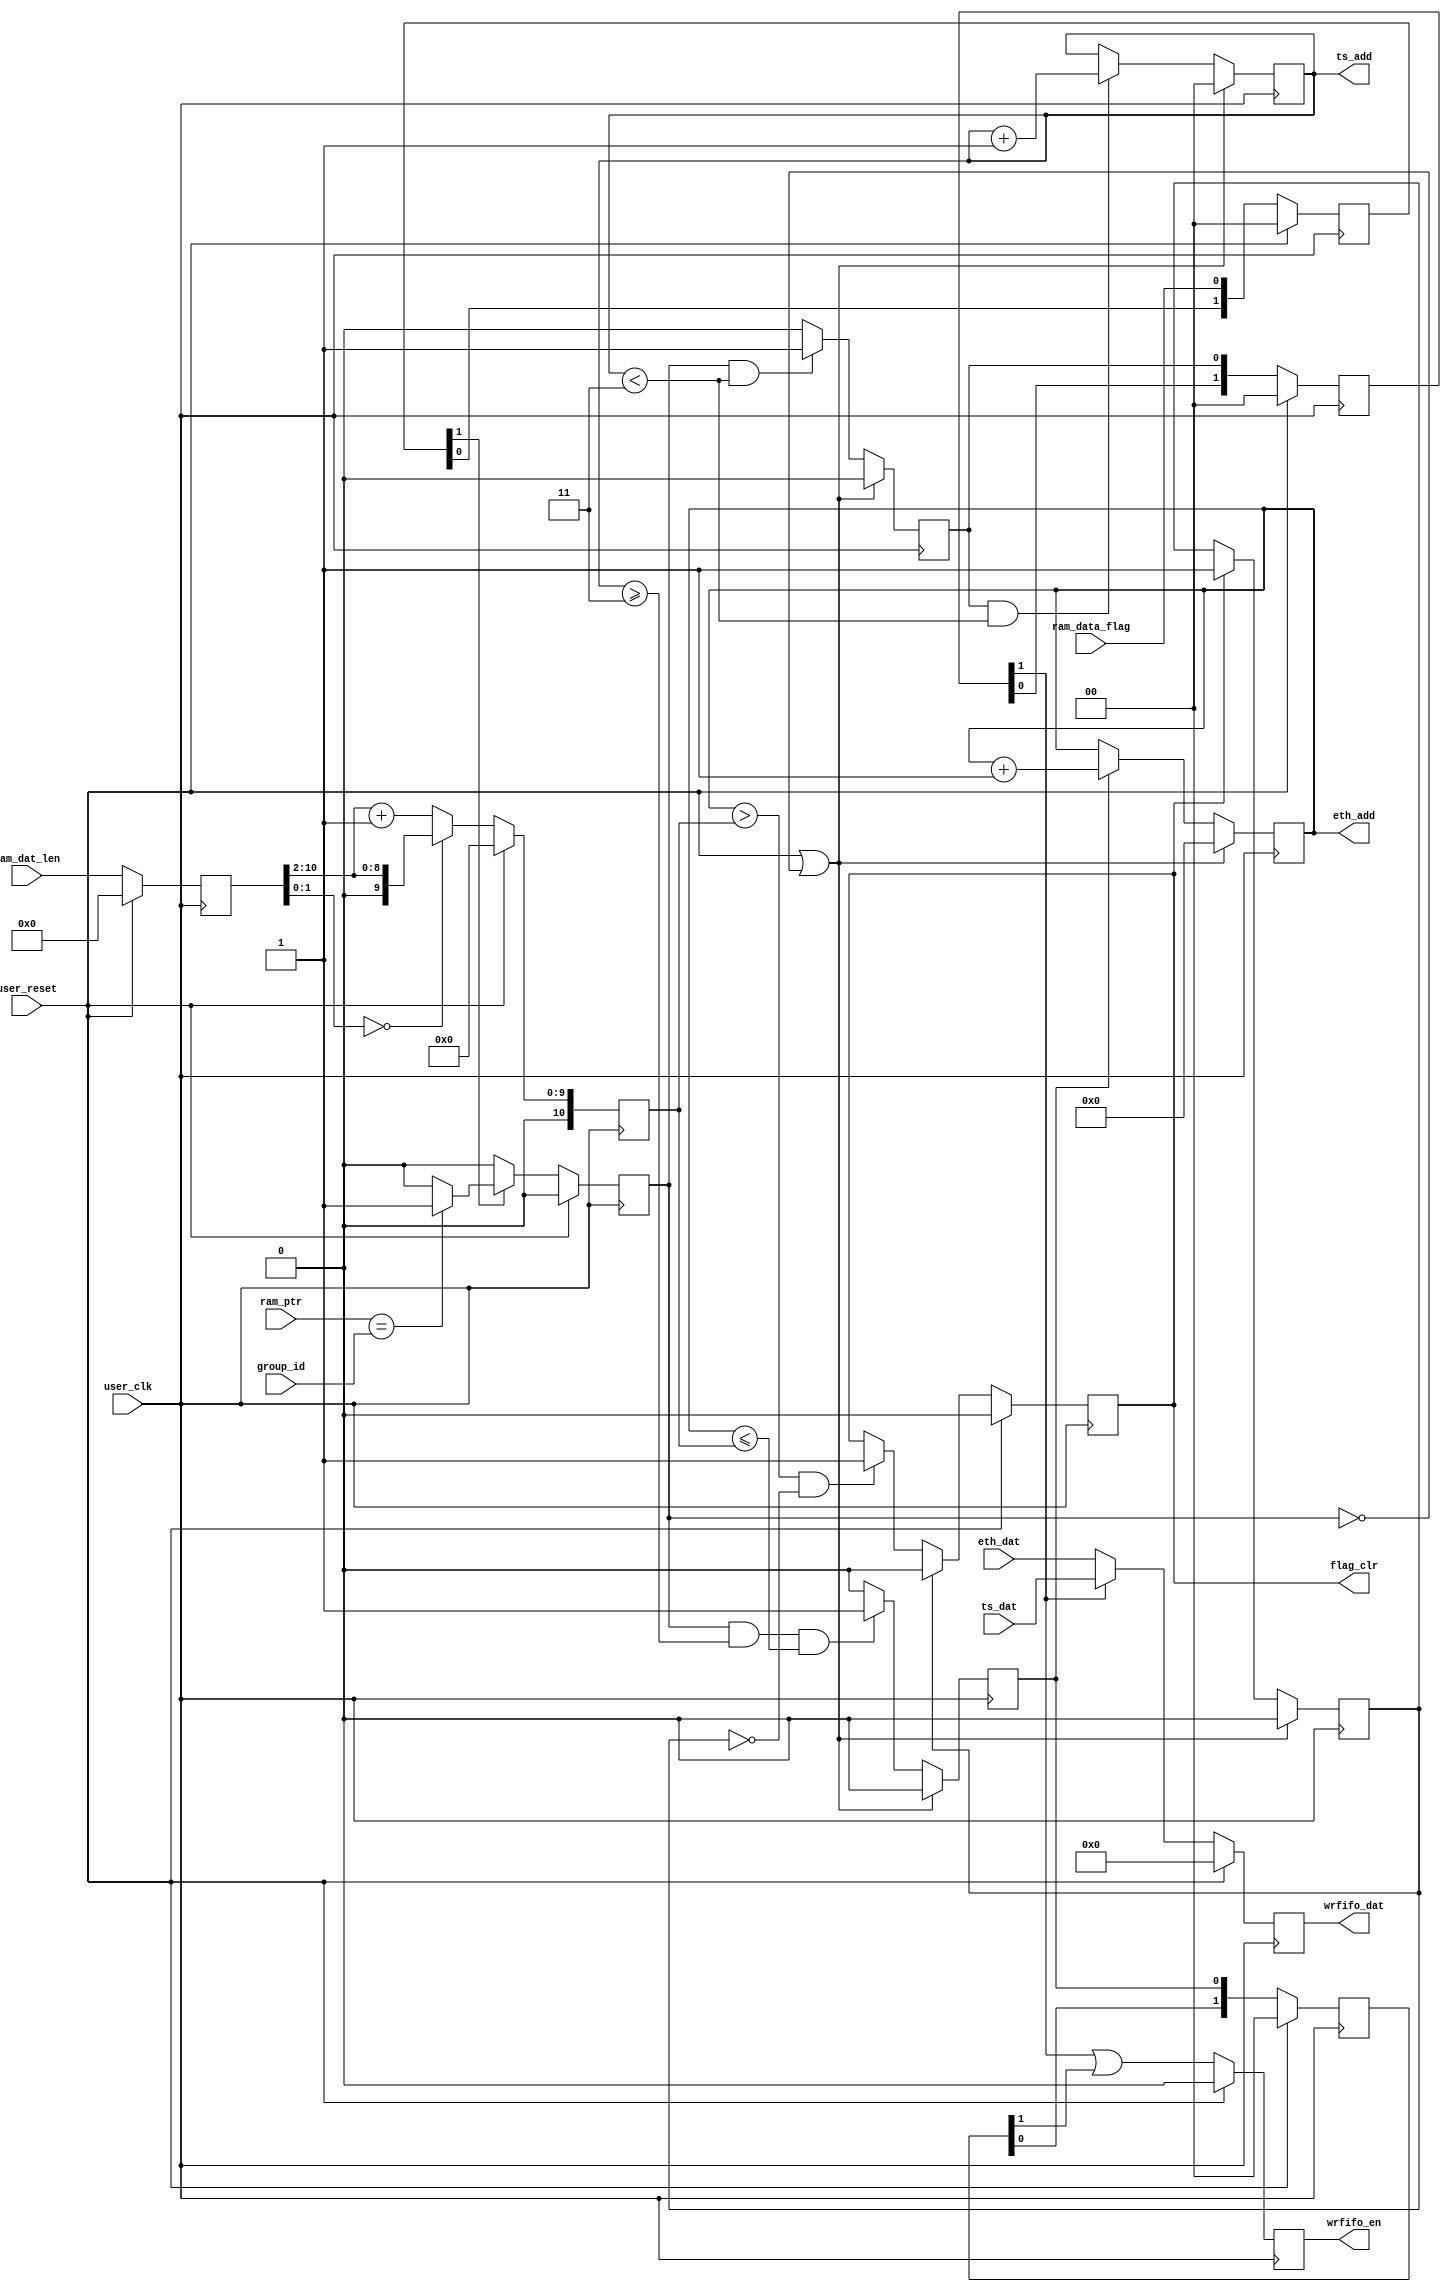

module sel_group(
                input               user_clk,
                input               user_reset,
                
                input               ram_data_flag,
                input [2:0]         ram_ptr,
                input [2:0]         group_id,
                    
                output reg [1:0]    ts_add,
                output reg [8:0]    eth_add,
                
                output reg          flag_clr,
                
                input [10:0]        ram_dat_len,
                
                input [31:0]        ts_dat,
                input [31:0]        eth_dat,
                
                output reg          wrfifo_en,
                output reg [31:0]   wrfifo_dat
                );
                
parameter   DAT_DLY = 2;                 

reg                     ram_valid;

reg                     rdts;
reg                     rdeth;
// reg [1:0]               ts_add;
// reg [8:0]               eth_add;

reg [10:0]              dat_len_r;
reg [10:0]              dat_len_rr;
reg [1:0]               dat_flag;

reg [DAT_DLY - 1 : 0]   rdts_r;
reg [DAT_DLY - 1 : 0]   rdeth_r;

//reg                     flag_clr;
reg                     cyc_extend;
//wire                    wrfifo_en;

always  @(posedge user_clk) begin
    if( user_reset == 1'b1 )
        dat_flag       <= 9'd0;
    else
        dat_flag       <= {dat_flag[0],ram_data_flag};
end 

always  @(posedge user_clk) begin
    if( user_reset == 1'b1 )
        dat_len_r      <= 11'd0;
    else
        dat_len_r      <= ram_dat_len;
end        

always  @(posedge user_clk) begin
    if( user_reset == 1'b1 )
        dat_len_rr     <= 11'd0;
    else
        dat_len_rr     <= ( dat_len_r[1:0] == 2'b00 ) ? dat_len_r[10:2] : dat_len_r[10:2] + 1'b1;
end

always  @(posedge user_clk) begin
    if( user_reset == 1'b1 )
        ram_valid                  <= 1'b0;
    else if( dat_flag[1] == 1'b1 ) begin
        case( ram_ptr )
            group_id :  ram_valid  <= 1'b1;        
            default :   ram_valid  <= 1'b0;
        endcase
    end
    else 
        ram_valid                  <= 1'b0;    
end 

always  @(posedge user_clk) begin
    if( ( user_reset == 1'b1 )  || ( ram_valid == 1'b0 ) )
        rdts               <= 1'b0;
    else if( ( ram_valid == 1'b1 ) && ( ts_add < 2'd3 ))
        rdts               <= 1'b1;
    else    
        rdts               <= 1'b0;
end

always  @(posedge user_clk) begin
    if( ( user_reset == 1'b1 ) || ( ram_valid == 1'b0 ))
        ts_add             <= 2'd0;
    else if( ( rdts == 1'b1 ) && ( ts_add < 2'd3 ) )    
        ts_add             <= ts_add + 1'b1;
    else        
        ts_add             <= ts_add;
end       

always  @(posedge user_clk) begin
    if( ( user_reset == 1'b1 )  || ( ram_valid == 1'b0 ) )
        rdeth              <= 1'b0;
    else if( ( ram_valid == 1'b1 ) && ( ts_add >= 2'd3 ) && ( eth_add <= dat_len_rr )) //1 more
        rdeth              <= 1'b1;
    else    
        rdeth              <= 1'b0;
end
 
always  @(posedge user_clk) begin
    if( ( user_reset == 1'b1 ) || ( ram_valid == 1'b0 ))
        eth_add            <= 2'd0;
    else if( rdeth == 1'b1 )    
        eth_add            <= eth_add + 1'b1;
    else        
        eth_add            <= eth_add;
end 

always  @(posedge user_clk) begin
    if( ( user_reset == 1'b1 ) || ( ram_valid == 1'b0 ) )
        cyc_extend         <= 1'b0;
    else if( flag_clr == 1'b1 ) 
        cyc_extend         <= 1'b1;
    else
        cyc_extend         <= cyc_extend;
end        

always  @(posedge user_clk) begin
    if( user_reset == 1'b1 )
        flag_clr           <= 1'b0;
    else if( cyc_extend == 1'b1 )
        flag_clr           <= 1'b0;
    else if( ( eth_add > dat_len_rr ) && ( cyc_extend == 1'b0 ) ) 
        flag_clr           <= 1'b1;
    else
        flag_clr           <= flag_clr;
end        
   
always  @(posedge user_clk) begin
    if( user_reset == 1'b1 )
        rdts_r             <= {DAT_DLY{1'b0}};
    else
        rdts_r             <= {rdts_r[DAT_DLY - 2 : 0],rdts};
end

always  @(posedge user_clk) begin
    if( user_reset == 1'b1 )
        rdeth_r            <= {DAT_DLY{1'b0}};
    else
        rdeth_r            <= {rdeth_r[DAT_DLY - 2 : 0],rdeth};
end


always  @(posedge user_clk) begin
    if( user_reset == 1'b1 )
        wrfifo_en           <= 1'b0;
    else
        wrfifo_en           <= rdts_r[DAT_DLY - 1] | rdeth_r[DAT_DLY - 1];
end    

always  @(posedge user_clk) begin
    if( user_reset == 1'b1 )
        wrfifo_dat          <= 32'h0;
    else if( rdts_r[DAT_DLY - 1] == 1'b1 )
        wrfifo_dat          <= ts_dat;
    else
        wrfifo_dat          <= eth_dat;
end

endmodule